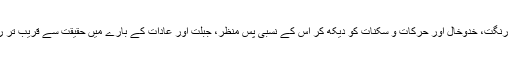
قیافہ شناس سے مراد نفسانی ملکہ اور مہارت کا حامل فرد جو کسی شخص کی قامت و جسامت، رنگت، خدوخال اور حرکات و سکنات کو دیکھ کر اس کے نسبی پسِ منظر، جبلّت اور عادات کے بارے میں حقیقت سے قریب تر رائے قائم کر سکے، اس کا تناسب ہر شخص کی مہارت کے اعتبار سے کم یا زیادہ ہو سکتا ہے۔